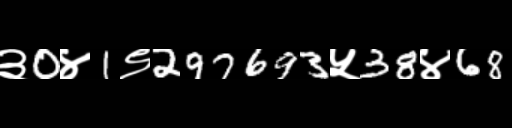
Text: ३0४1९297693५38४68